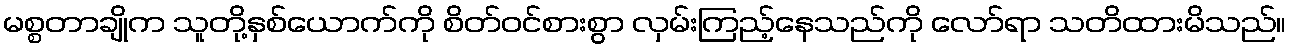
မစ္စတာချိုက သူတို့နှစ်ယောက်ကို စိတ်ဝင်စားစွာ လှမ်းကြည့်နေသည်ကို လော်ရာ သတိထားမိသည်။